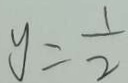
y = \frac { 1 } { 2 }